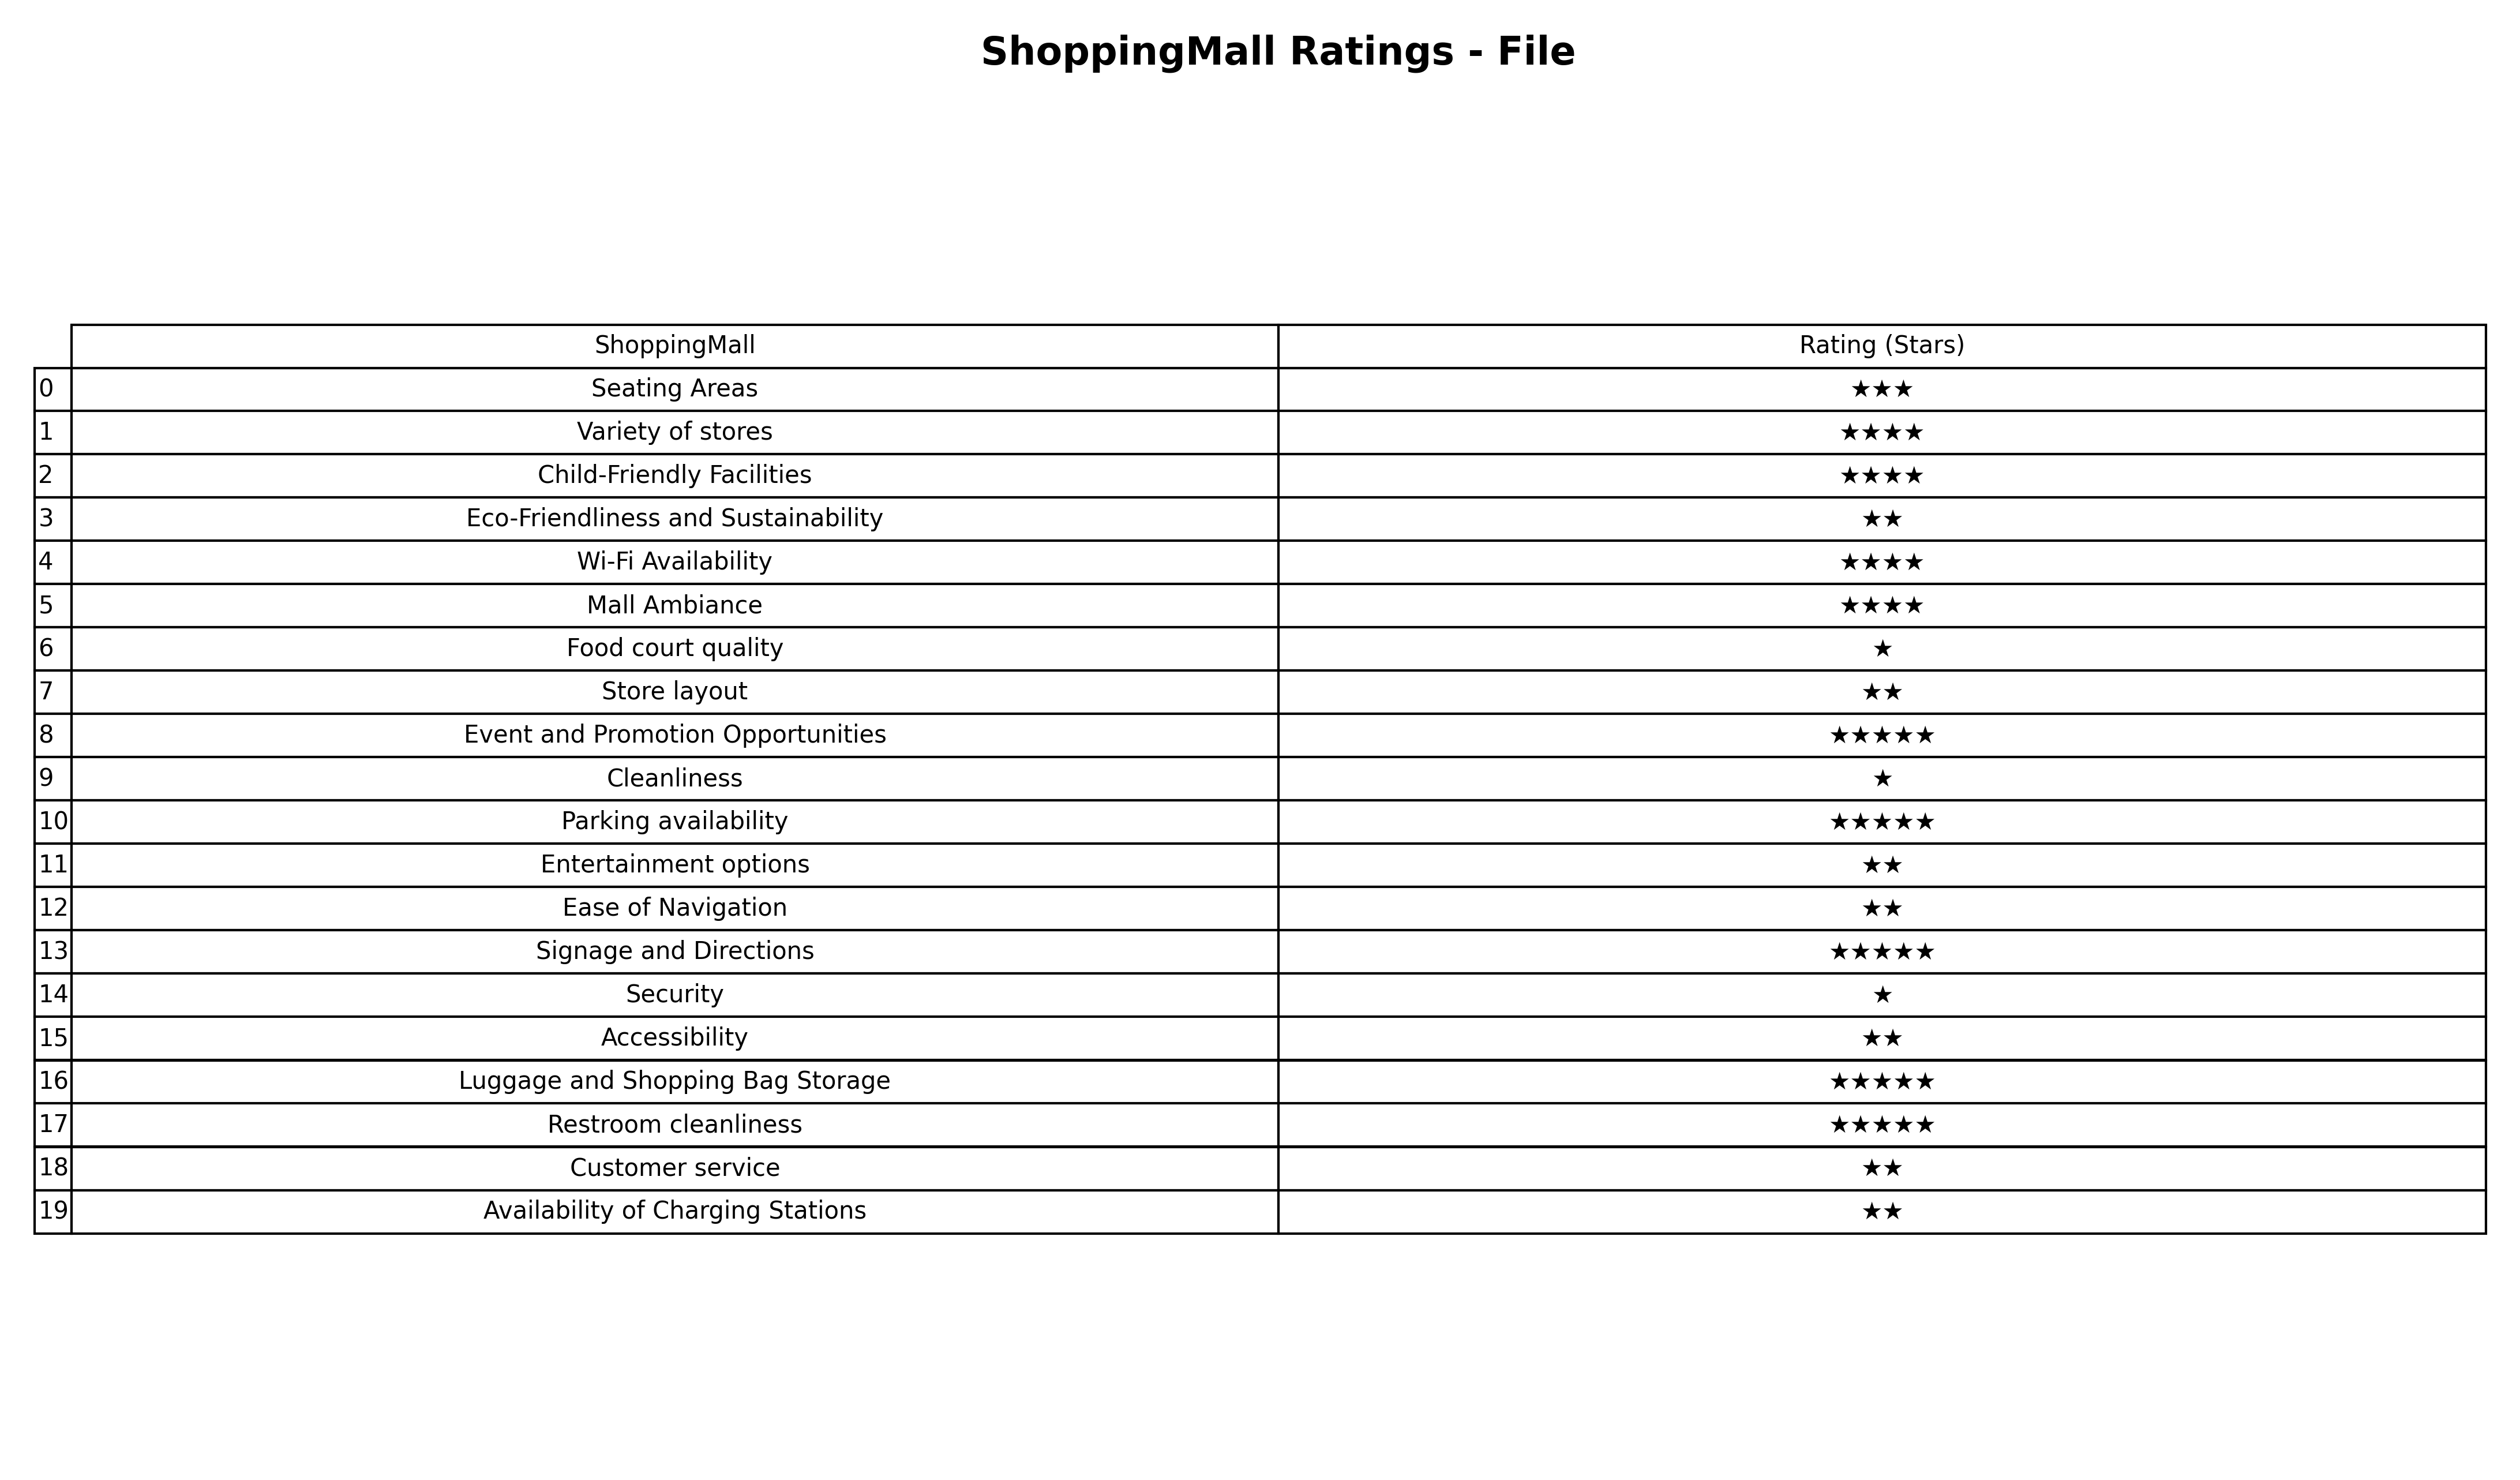
question: Which services are rated average?
answer: Seating Areas